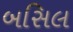
બસિલ